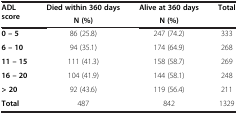
| ADL score | Died within 360 days | Alive at 360 days | Total |
 |  | N (%) | N (%) |  |
 | --- | --- | --- | --- |
 | 0 – 5 | 86 (25.8) | 247 (74.2) | 333 |
 | 6 – 10 | 94 (35.1) | 174 (64.9) | 268 |
 | 11 – 15 | 111 (41.3) | 158 (58.7) | 269 |
 | 16 – 20 | 104 (41.9) | 144 (58.1) | 248 |
 | > 20 | 92 (43.6) | 119 (56.4) | 211 |
 | Total | 487 | 842 | 1329 |